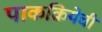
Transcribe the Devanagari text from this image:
पाकक्रियेची